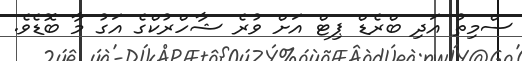
ސްމިތު އަދި ބްރެޑް ޕިޓް އަށް ވުރެ ޝާހްރުކްގެ އަގު މާ ބޮޑެވެ.